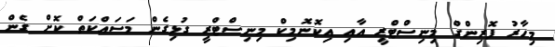
މިހާރު ފޮރިންގް މިނިސްޓްރީ އާއި އިކޮނޮމިކް މިނިސްޓްރީ ގުޅިގެން މަސައްކަތް ކޮށް ގެން